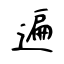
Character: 遍